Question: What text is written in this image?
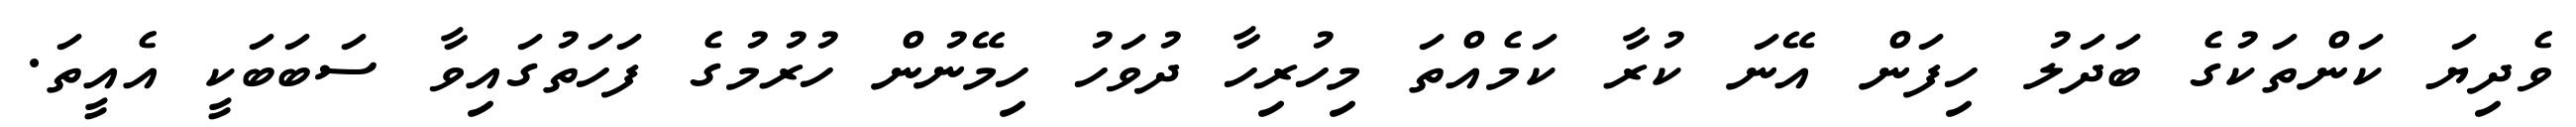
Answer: ވެދިޔަ ކަންތަކުގެ ބަދަލު ހިފަން އޭނަ ކުރާ ކަމެއްތަ މިހުރިހާ ދުވަހު ހިމޭނުން ހުރުމުގެ ފަހަތުގައިވާ ސަބަބަކީ އެއީތަ.